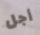
أجل